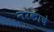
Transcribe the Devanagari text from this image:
नरकाचे